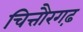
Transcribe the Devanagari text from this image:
चित्तौरगढ़